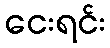
ငေးရင်း